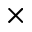
\times